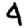
Digit: 4